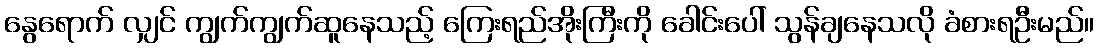
နွေရောက် လျှင် ကျွက်ကျွက်ဆူနေသည့် ကြေးရည်အိုးကြီးကို ခေါင်းပေါ် သွန်ချနေသလို ခံစားရဦးမည်။